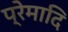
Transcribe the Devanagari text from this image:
प्रेमादि